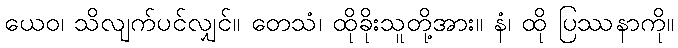
ယေဝ၊ သိလျက်ပင်လျှင်။ တေသံ၊ ထိုခိုးသူတို့အား။ နံ၊ ထို ပြဿနာကို။